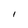
Character: I